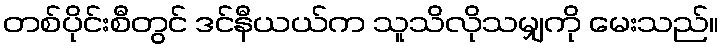
တစ်ပိုင်းစီတွင် ဒင်နီယယ်က သူသိလိုသမျှကို မေးသည်။